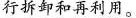
行拆卸和再利用